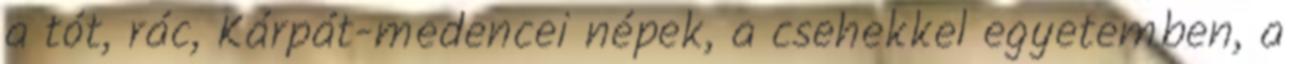
a tót, rác, Kárpát-medencei népek, a csehekkel egyetemben, a